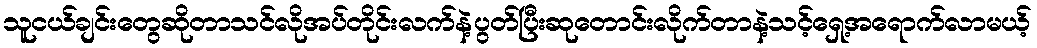
သူငယ်ချင်းတွေဆိုတာသင်လိုအပ်တိုင်းလက်နဲ့ပွတ်ပြီးဆုတောင်းလိုက်တာနဲ့သင့်ရှေ့အရောက်လာမယ့်